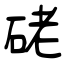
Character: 硓